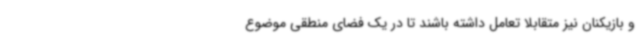
و بازیکنان نیز متقابلا تعامل داشته باشند تا در یک فضای منطقی موضوع